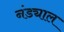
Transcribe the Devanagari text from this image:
नंड्याल